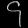
Digit: ၄